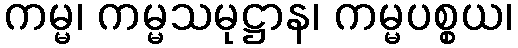
ကမ္မ၊ ကမ္မသမုဋ္ဌာန၊ ကမ္မပစ္စယ၊